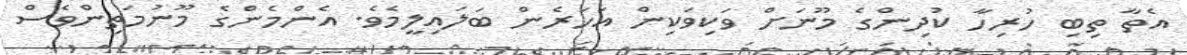
އެތާ ތިބި ހުރިހާ ކުދިންގެ މޫނަށް ވަކިވަކިން އަހަރެން ބަލައިލީމެވެ. އެންމެންގެ މޫނުމަތިންވެސް